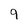
Character: 9